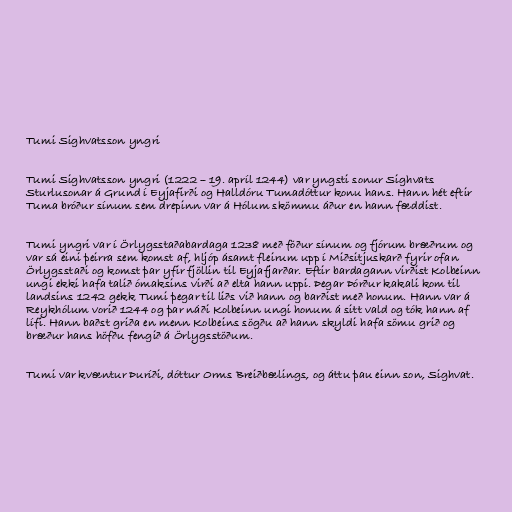
Tumi Sighvatsson yngri

Tumi Sighvatsson yngri (1222 – 19. apríl 1244) var yngsti sonur Sighvats
Sturlusonar á Grund í Eyjafirði og Halldóru Tumadóttur konu hans. Hann hét eftir
Tuma bróður sínum sem drepinn var á Hólum skömmu áður en hann fæddist.

Tumi yngri var í Örlygsstaðabardaga 1238 með föður sínum og fjórum bræðrum og
var sá eini þeirra sem komst af, hljóp ásamt fleirum upp í Miðsitjuskarð fyrir ofan
Örlygsstaði og komst þar yfir fjöllin til Eyjafjarðar. Eftir bardagann virðist Kolbeinn
ungi ekki hafa talið ómaksins virði að elta hann uppi. Þegar Þórður kakali kom til
landsins 1242 gekk Tumi þegar til liðs við hann og barðist með honum. Hann var á
Reykhólum vorið 1244 og þar náði Kolbeinn ungi honum á sitt vald og tók hann af
lífi. Hann baðst griða en menn Kolbeins sögðu að hann skyldi hafa sömu grið og
bræður hans höfðu fengið á Örlygsstöðum.

Tumi var kvæntur Þuríði, dóttur Orms Breiðbælings, og áttu þau einn son, Sighvat.